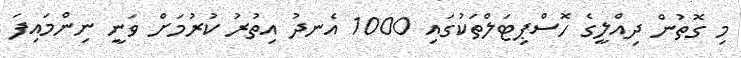
މި ގޮތުން ދިއްލީގެ ހޮސްޕިޓަލްތަކުގައި 1000 އެނދު އިތުރު ކުރުމަށް ވަނީ ނިންމައިފަ